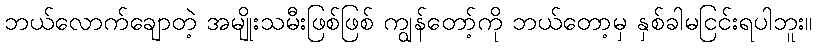
ဘယ်လောက်ချောတဲ့ အမျိုးသမီးဖြစ်ဖြစ် ကျွန်တော့်ကို ဘယ်တော့မှ နှစ်ခါမငြင်းရပါဘူး။